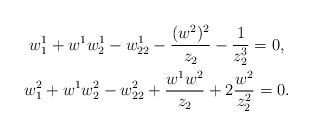
LaTeX: \begin{gather*}w^1_1+w^1w^1_2-w^1_{22}-\frac{(w^2)^2}{z_2}-\frac1{z_2^3}=0,\\w^2_1+w^1w^2_2-w^2_{22}+\frac{w^1w^2}{z_2}+2\frac{w^2}{z_2^2}=0.\end{gather*}